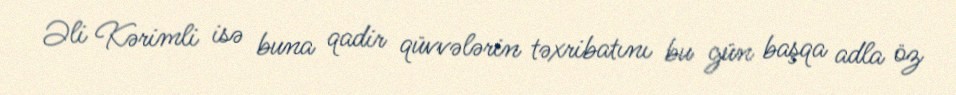
Əli Kərimli isə buna qadir qüvvələrin təxribatını bu gün başqa adla öz